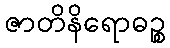
ဇာတိနိရောဓဉ္စ